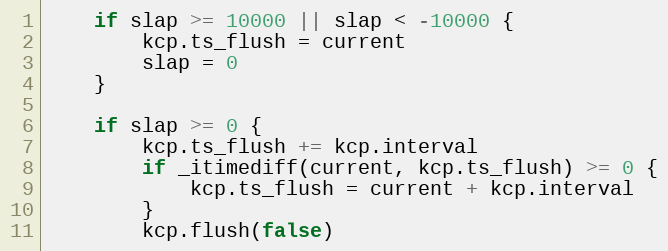
Language: Go
	if slap >= 10000 || slap < -10000 {
		kcp.ts_flush = current
		slap = 0
	}

	if slap >= 0 {
		kcp.ts_flush += kcp.interval
		if _itimediff(current, kcp.ts_flush) >= 0 {
			kcp.ts_flush = current + kcp.interval
		}
		kcp.flush(false)